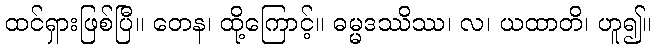
ထင်ရှားဖြစ်ပြီ။ တေန၊ ထို့ကြောင့်။ ဓမ္မဒဿိဿ၊ လ၊ ယထာတိ၊ ဟူ၍။